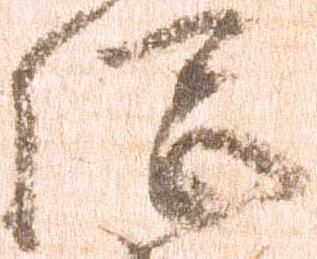
総